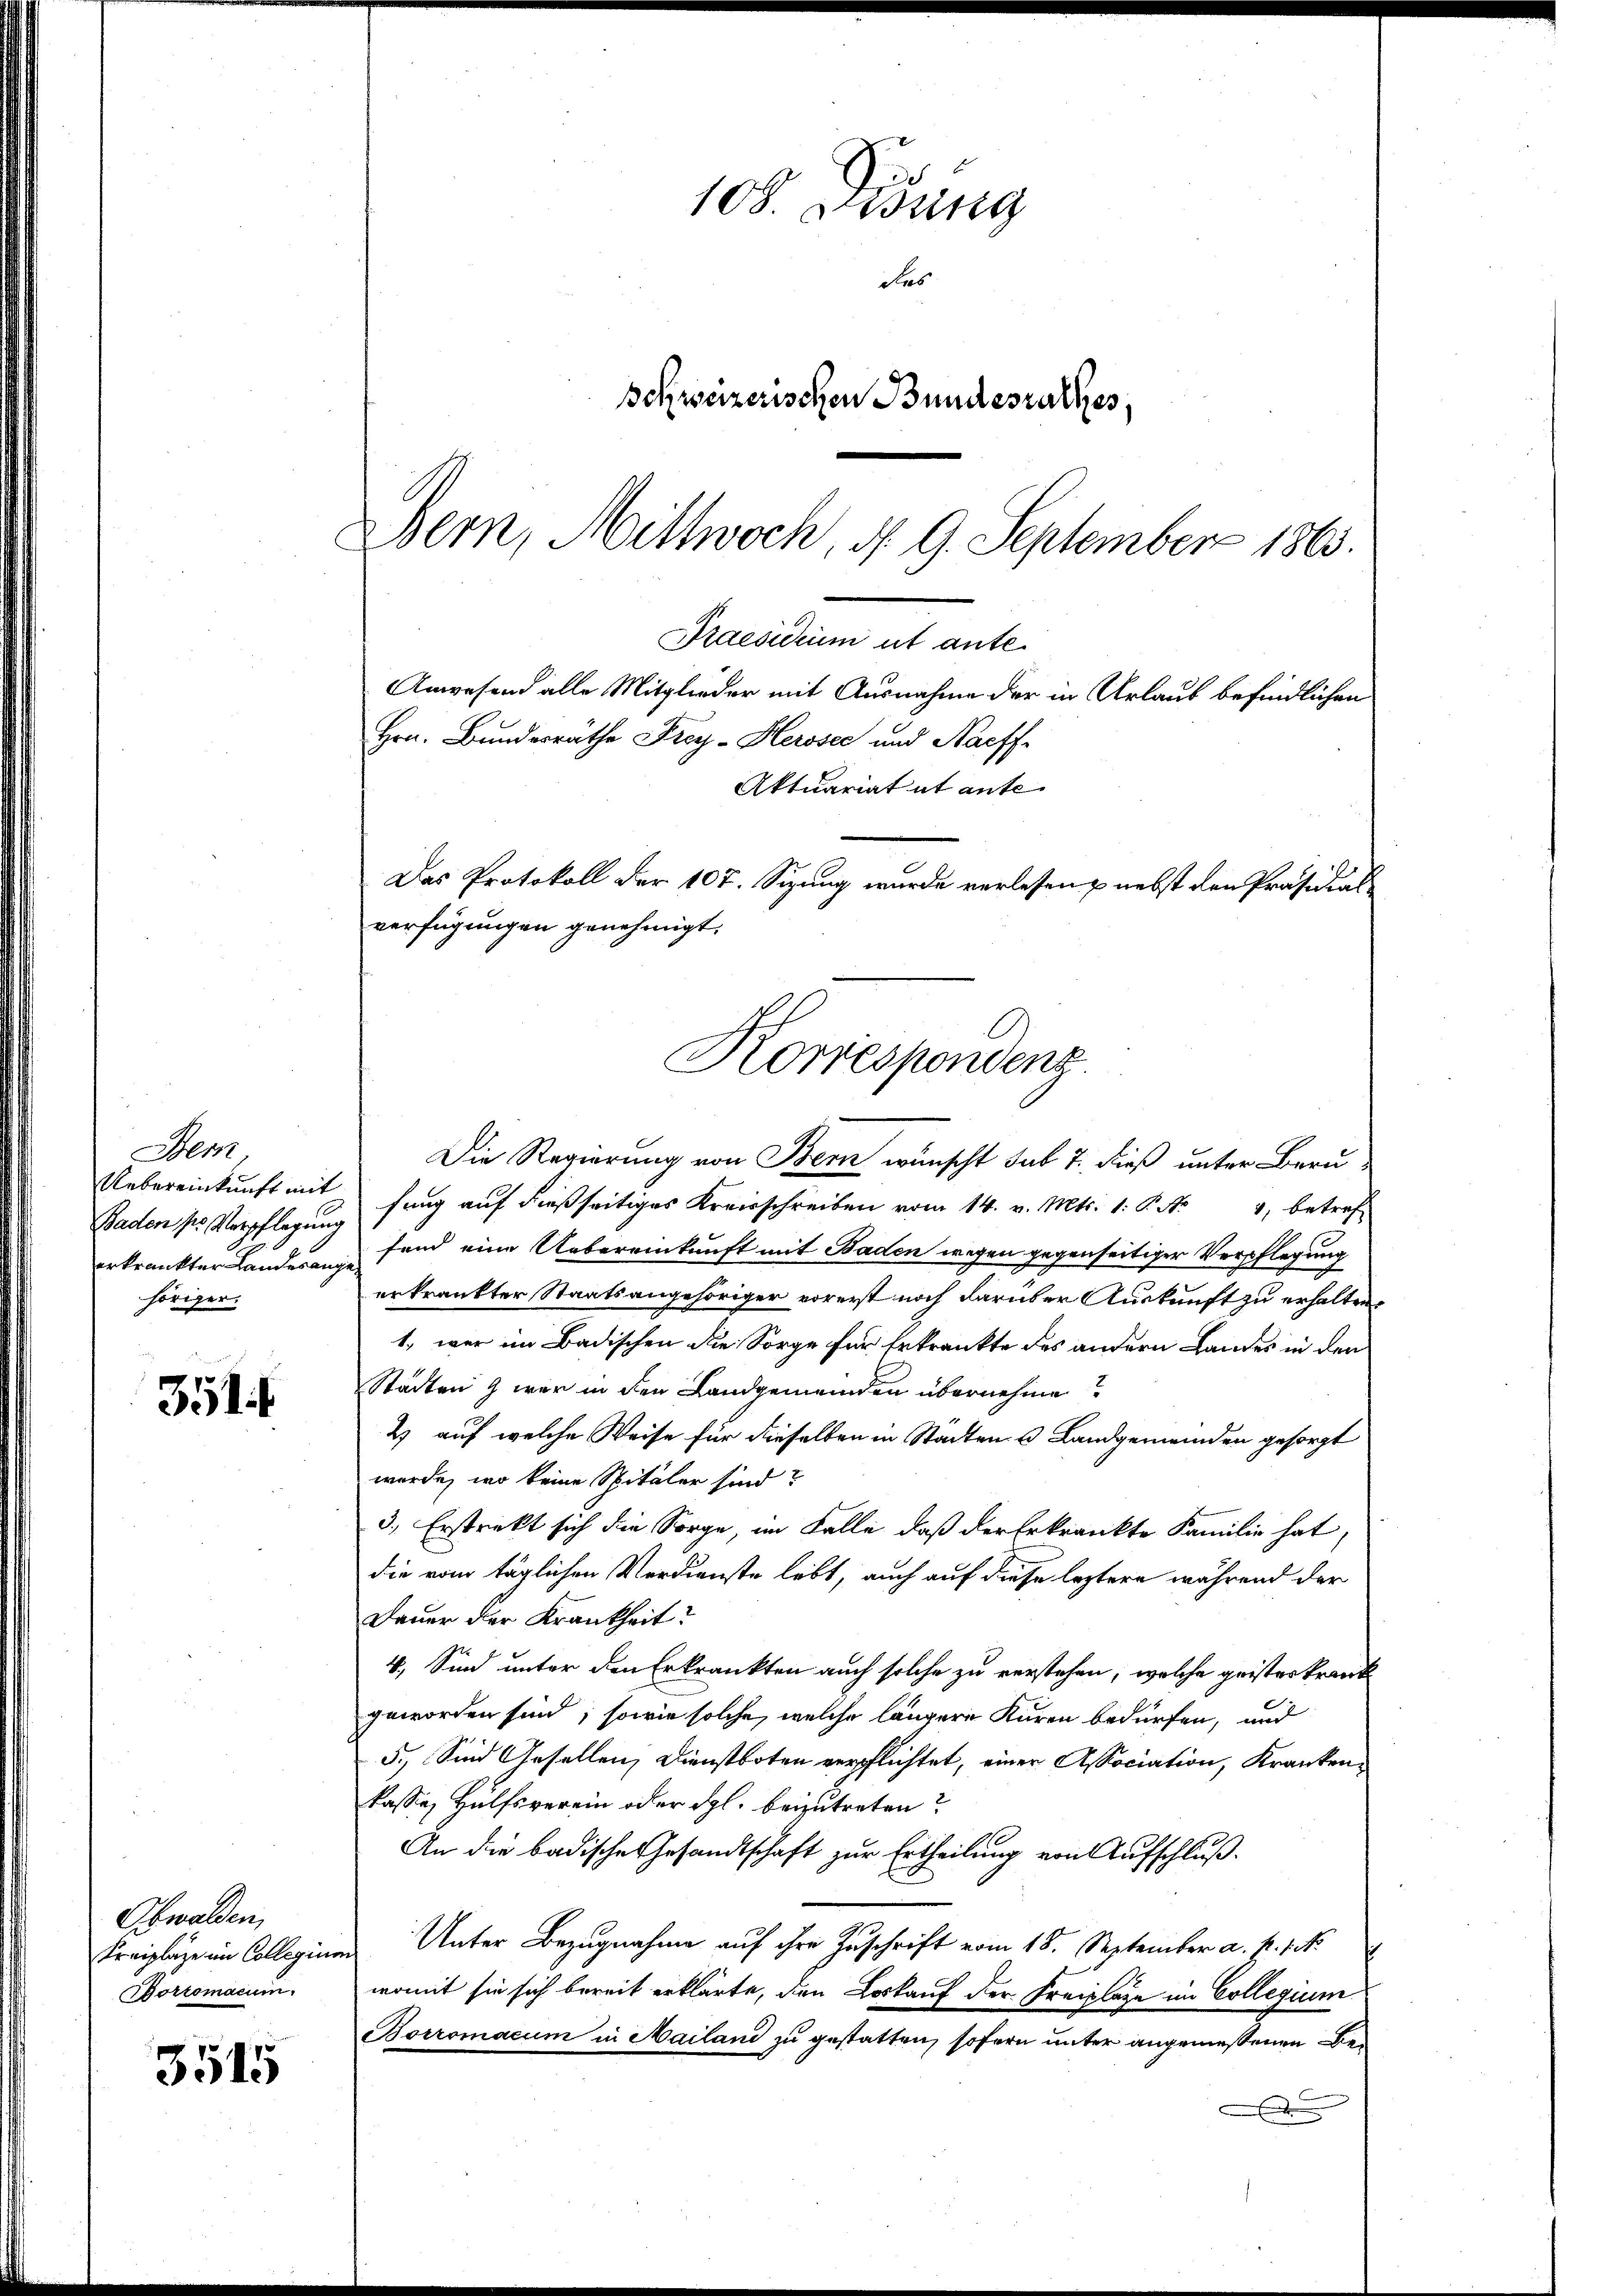
Den
Uebereinkunft mit
Baden pr Verpflegung
erkrankter Landesang
höriger.

351

Obwalden,
Kreiplaze im Collegium
Borromacum.

3515

108. Dessing
das
Schweizerischen Bundesrathes.
Bern, Mittwoch, d. 9. September 1863.

Praesidium ut ante.
Anwesend alle Mitglieder mit Ausnahme der in Urlaub befindlichen
Hrn. Bundesrathe Frey-Herssee und Nachf
Aktuariat ut ante
Das Protokoll der 107. Sizung wurde verlesen & nebst den Präsidial
verfügungen genehmigt.
Korrespondenz

Die Regierung von Bern wünscht sub 7. dieß unter Berufang auf dießseitiges Kreisschreiben vom 14. v. Mts. 1. P. Nr. 4, betref-
fend eine Uebereinkunft mit Baden wegen gegenseitiger Verpflegung
erkränkter Staatsangehöriger vorerst noch darüber Auskunft zu erhalten.
1., war im Badischen die Sorge für Erkrankte des andern Landes in den
Städten & war in den Landgemeinden übernehme?
2 auf welche Weise für dieselben in Stadten u Landgemeinden gesorgt
wurde, wo keine Spitäler sind?
3.) Erstrekt sich die Sorge, im Falle, daß der Erkrankte Familie hat,
die vom täglichen Verdienste lebt, auch auf diese leztere während der
Dauer der Krankheit?
4. Sind unter den Erkrankten auch solche zu verstehen, welche geisteskrankgeworden sind, sowie solche, welche längere Kuren bedürfen, und
5.) Sind Gesellen, Dienstboten verpflichtet, einer Association, Krankenkasse, Hülfsverein oder dgl. beizutreten?
An die badische Gesandtschaft zur Ertheilung von Aufschluß.
Unter Bezugnahme auf ihre Zuschrift vom 18. September a. p. 1.
womit sie sich bereit erklärte, den Loskauf der Freilage im Collegium
Borromacum in Mailand zu gestatten, sofern unter angemessenen Be¬